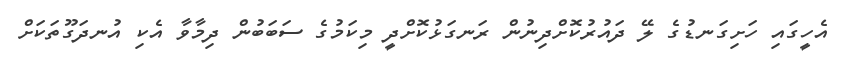
އެހީގައި ހަށިގަނޑުގެ ލޭ ދައުރުކޮށްދިނުން ރަނގަޅުކޮށްދީ މިކަމުގެ ސަބަބުން ދިމާވާ އެކި އުނދަގޫތަކަށް